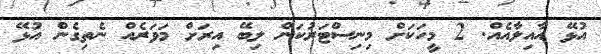
އުޅޭ އާއިލާއެއް. 2 މީހަކަށް މިނިސްޓަރުކަން ލިބޭ އިރަަށް މަވަރެއް ނެތިގެން އުޅޭ